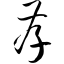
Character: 孝